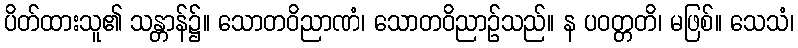
ပိတ်ထားသူ၏ သန္တာန်၌။ သောတဝိညာဏံ၊ သောတဝိညာဉ်သည်။ န ပဝတ္တတိ၊ မဖြစ်။ သေသံ၊